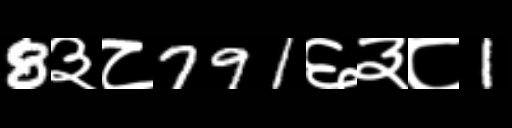
Text: 8३८791६३८1